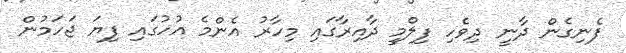
ފެނިގެން ދާނީ ދިވެހި ފިލްމީ ދާއިރާގައި މިހާރު އެންމެ އުހުގައި ފިޔަ ޖަހަމުން